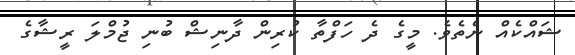
ޝައްކެއް ނެތެވެ. މީގެ ދެ ހަފްްތާ ކުރިން ދާނިޝް ބުނި ޖުމްލަ ރީޝާގެ